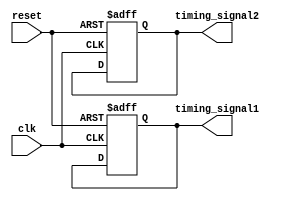
module timing_control_block (
    input wire clk,
    input wire reset,
    // other input signals

    output reg timing_signal1,
    output reg timing_signal2,
    // other timing signals

    // other output signals
);

reg [7:0] counter;

always @(posedge clk or posedge reset) begin
    if (reset) begin
        counter <= 8'h00; // initial value for counter
        timing_signal1 <= 1'b0; // initial value for timing signals
        timing_signal2 <= 1'b0;
        // other timing signals initial values
    end else begin
        // counter increment logic for generating timing signals
        // timing signal generation logic
        // other timing signals generation logic
    end
end

// synchronization block implementation
// synchronization logic

endmodule